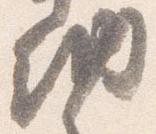
納